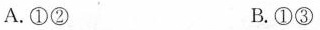
A.①② B.①③